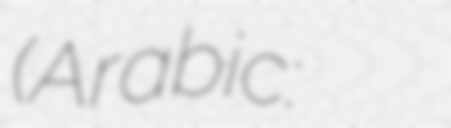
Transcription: (Arabic: المدرسة الوطنية للعلوم